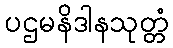
ပဌမနိဒါနသုတ္တံ